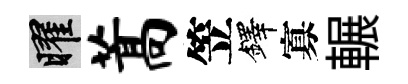
曜蒿笠鐸寡輾